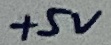
Text: +5V